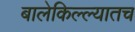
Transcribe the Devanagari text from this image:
बालेकिल्ल्यातच